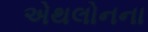
એથલોનના